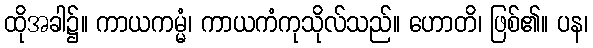
ထိုအခါ၌။ ကာယကမ္မံ၊ ကာယကံကုသိုလ်သည်။ ဟောတိ၊ ဖြစ်၏။ ပန၊